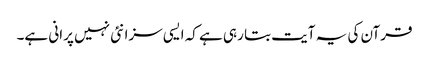
قرآن کی یہ آیت بتا رہی ہے کہ ایسی سزا نئی نہیں پرانی ہے۔